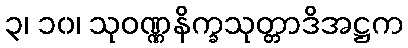
၃၊ ၁၀၊ သုဝဏ္ဏနိက္ခသုတ္တာဒိအဋ္ဌက